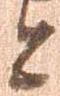
と